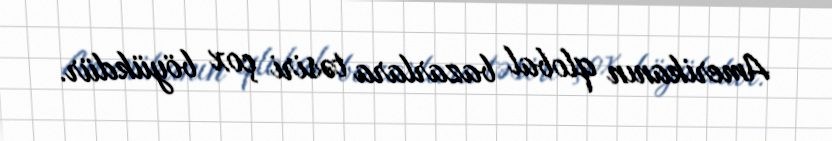
Amerikanın qlobal bazarlara təsiri çox böyükdür.